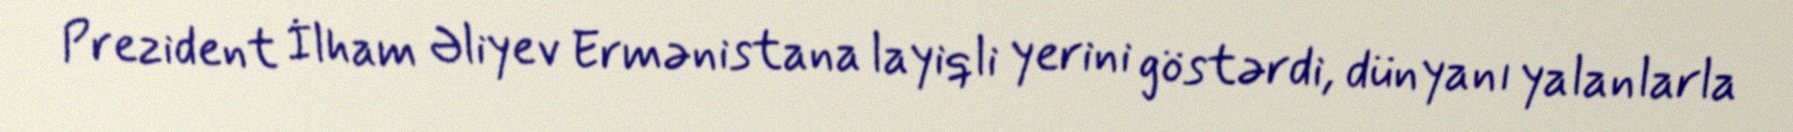
Prezident İlham Əliyev Ermənistana layiqli yerini göstərdi, dünyanı yalanlarla